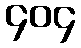
၄၀၄